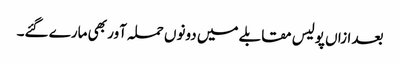
بعد ازاں پولیس مقابلے میں دونوں حملہ آور بھی مارے گئے۔